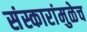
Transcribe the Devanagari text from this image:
संस्कारांमुळेच